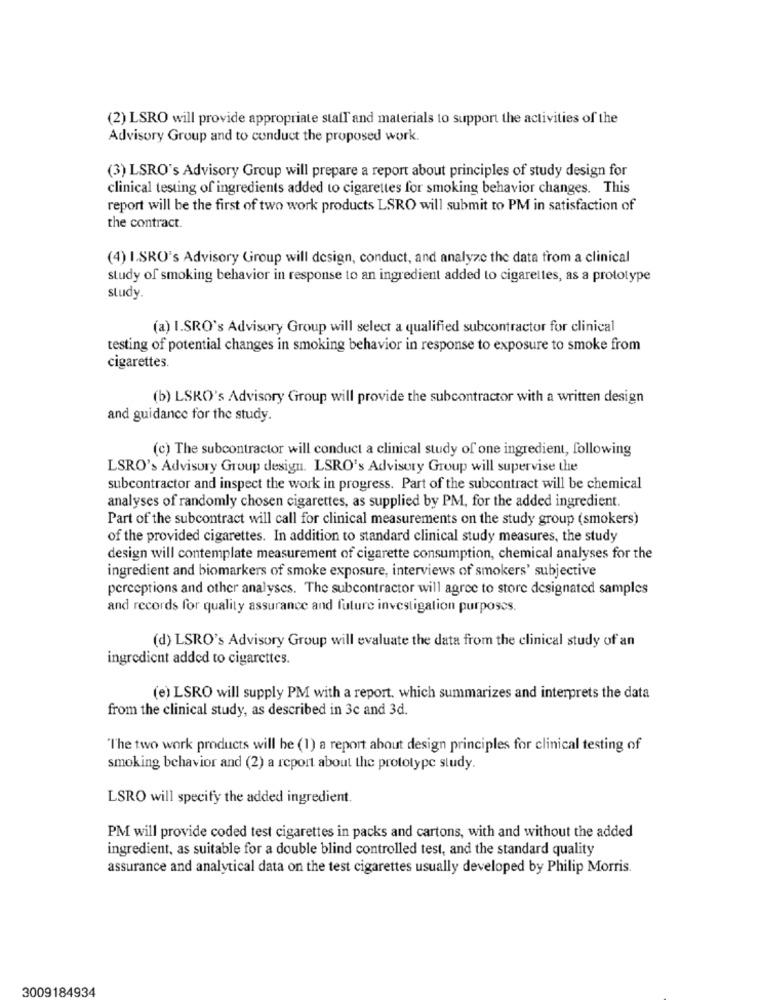
(2) LSRO will provide appropriate stall and materials to support the activities of the
Advisory Group and to conduct the proposed work.
(3) LSRO's Advisory Group will prepare a report about principles of study design for
clinical testing of ingredients added to cigarettes for smoking behavior changes. This
report will be the first of two work products LSRO will submit to PM in satisfaction of
the contract.
(4) I.SRO's Advisory Group will design, conduct, and analyze the data from a clinical
study of smoking behavior in response to an ingredient added to cigarettes, as a prototype
study
(a) I.SRO's Advisory Group will select a qualified subcontractor for clinical
testing of potential changes in smoking behavior in response to exposure to smoke from
cigarettes.
(b) LSKO's Advisory Group will provide the subcontractor with a written design
and guidance for the study.
(c) The subcontractor will conduct a clinical study of one ingredient, following
LSRO's Advisory Group design. LSRO's Advisory Group will supervise the
subcontractor and inspect the work in progress. Part of the subcontract will be chemical
analyses of randomly chosen cigarettes, as supplied by PM, for the added ingredient.
Part of the subcontract will call for clinical measurements on the study group (smokers)
of the provided cigarettes. In addition to standard clinical study measures, the study
design will contemplate measurement of cigarette consumption, chemical analyses for the
ingredient and biomarkers of smoke exposure, interviews of smokers' subjective
perceptions and other analyses. The subcontractor will agree to store designated samples
and records for quality assurance and future investigation purposes.
(d) LSRO's Advisory Group will evaluate the data from the clinical study of an
ingredient added to cigarettes.
(e) LSRO will supply PM with a report, which summarizes and interprets the data
from the clinical study, as described in 3c and 3d.
"The two work products will be (1) a report about design principles for clinical testing of
smoking behavior and (2) a report about the prototype study.
LSRO will specify the added ingredient.
PM will provide coded test cigarettes in packs and cartons, with and without the added
ingredient, as suitable for a double blind controlled test, and the standard quality
assurance and analytical data on the test cigarettes usually developed by Philip Morris.
3009184934